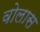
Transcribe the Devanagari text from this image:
वोलास